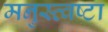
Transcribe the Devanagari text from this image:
मनुस्त्वष्टा